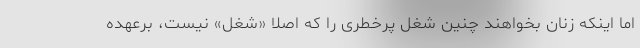
اما اینکه زنان بخواهند چنین شغل پرخطری را که اصلاً «شغل» نیست، برعهده